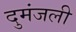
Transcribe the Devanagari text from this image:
दुमंजली